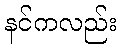
နင်ကလည်း